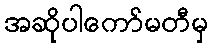
အဆိုပါကော်မတီမှ